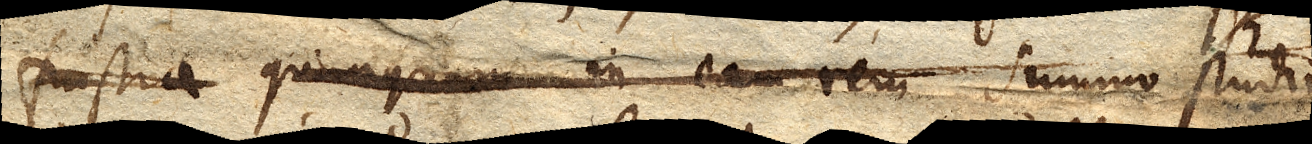
frustra quanquam in eam rem summo studio